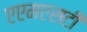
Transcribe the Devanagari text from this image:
एएमएसटी